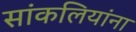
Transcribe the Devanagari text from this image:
सांकलियांना